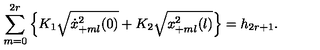
\sum _ { m = 0 } ^ { 2 r } \left\{ K _ { 1 } \sqrt { \dot { x } _ { + m l } ^ { 2 } ( 0 ) } + K _ { 2 } \sqrt { x _ { + m l } ^ { 2 } ( l ) } \right\} = h _ { 2 r + 1 } .